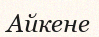
Айкене